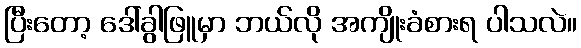
ပြီးတော့ ဒေါ်ခွါဖြူမှာ ဘယ်လို အကျိုးခံစားရ ပါသလဲ။